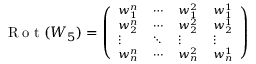
\footnotesize \mathrm { ~ R ~ o ~ t ~ } ( W _ { 5 } ) = \left( \begin{array} { l l l l } { w _ { 1 } ^ { n } } & { \cdots } & { w _ { 1 } ^ { 2 } } & { w _ { 1 } ^ { 1 } } \\ { w _ { 2 } ^ { n } } & { \cdots } & { w _ { 2 } ^ { 2 } } & { w _ { 2 } ^ { 1 } } \\ { \vdots } & { \ddots } & { \vdots } & { \vdots } \\ { w _ { n } ^ { n } } & { \cdots } & { w _ { n } ^ { 2 } } & { w _ { n } ^ { 1 } } \end{array} \right)